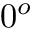
0 ^ { o }